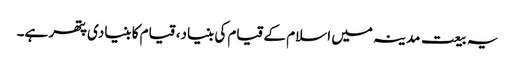
یہ بیعت مدینہ میں اسلام کے قیام کی بنیاد، قیام کا بنیادی پتھر ہے۔